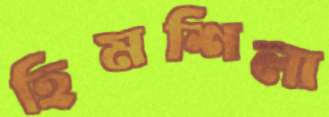
হিমশিলা